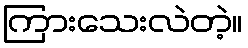
ကြားသေးလဲတဲ့။